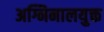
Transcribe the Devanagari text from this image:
अग्निनालयुक्त